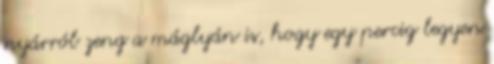
nyárról zeng a máglyán is, hogy egy percig legyen